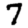
Digit: 7